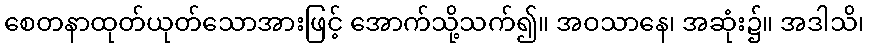
စေတနာထုတ်ယုတ်သောအားဖြင့် အောက်သို့သက်၍။ အဝသာနေ၊ အဆုံး၌။ အဒါသိ၊